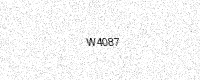
Text: W4087